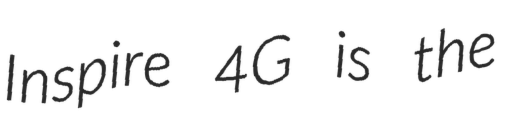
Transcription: Inspire 4G is the